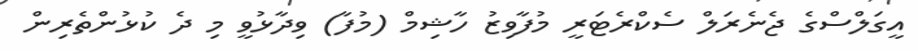
އީގަލްސްގެ ޖެނެރަލް ސެކްރެޓަރީ މުފާވިޒު ހާޝިމް (މުފާ) ވިދާޅުވީ މި ދެ ކުޅުންތެރިން